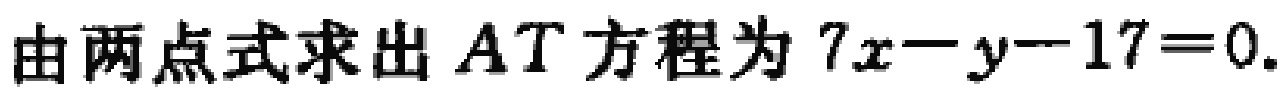
由两点式求出 \(AT\) 方程为 \(7x - y - 17 = 0\).